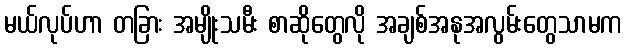
မယ်လုပ်ဟာ တခြား အမျိုးသမီး စာဆိုတွေလို အချစ်အနုအလွမ်းတွေသာမက